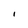
Character: l